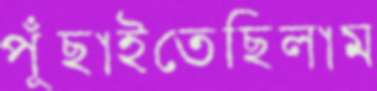
পুঁছাইতেছিলাম